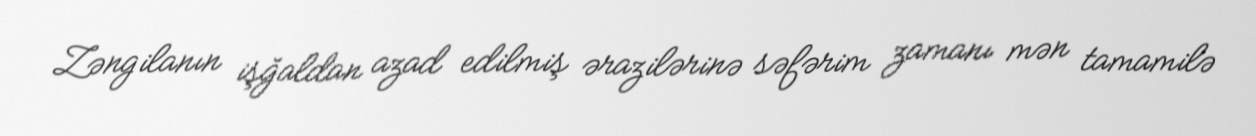
Zəngilanın işğaldan azad edilmiş ərazilərinə səfərim zamanı mən tamamilə